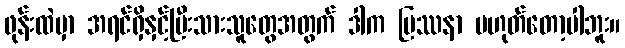
ဖုန်းထဲမှာ အရင်ရှိနှင့်ပြီးသားသူတွေအတွက် ဒါက ပြဿနာ မဟုတ်တော့ပါဘူး။